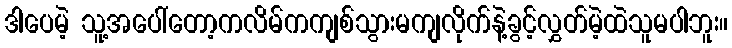
ဒါပေမဲ့ သူ့အပေါ်တော့ကလိမ်ကကျစ်သွားမကျလိုက်နဲ့ခွင့်လွှတ်မဲ့ထဲသူမပါဘူး။